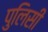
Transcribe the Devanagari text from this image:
पुलिसी